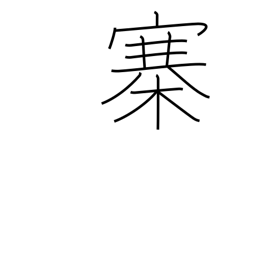
Meaning: fort